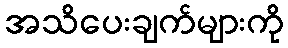
အသိပေးချက်များကို